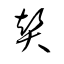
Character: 賛